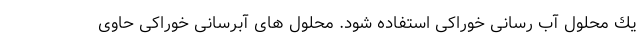
یك محلول آب رسانی خوراکی استفاده شود. محلول های آبرسانی خوراکی حاوی